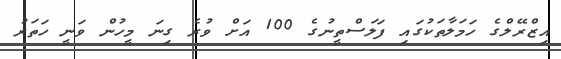
އިޒްރޭލްގެ ހަމަލާތަކުގައި ފަލަސްތީނުގެ 100 އަށް ވުރެ ގިނަ މީހުން ވަނީ ހަތަރު